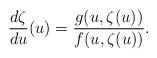
LaTeX: \begin{align*}\frac{d \zeta}{du}(u)=\frac{g(u,\zeta(u))}{f(u,\zeta(u))}.\end{align*}